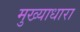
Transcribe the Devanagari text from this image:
मुख्याधारा